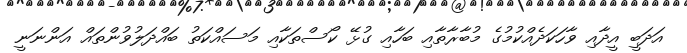
އަދަބީ އީދާއި ވާހަކަދެއްކުމުގެ މުބާރާތާއި ބަހާއި ގުޅޭ ކޯސްތަކާއި މަސައްކަތު ބައްދަލުވުންތައް އަންނަނީ